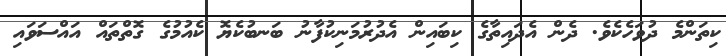
ކިތަންމެ ދުވަހެކެވެ. ދެން އެދައިތާގެ ކިބައިން އެދުރުމަނިކުފާނު ބަނބުކެޔޮ ކެއުމުގެ ގޮތްތައް އައްސަވައި